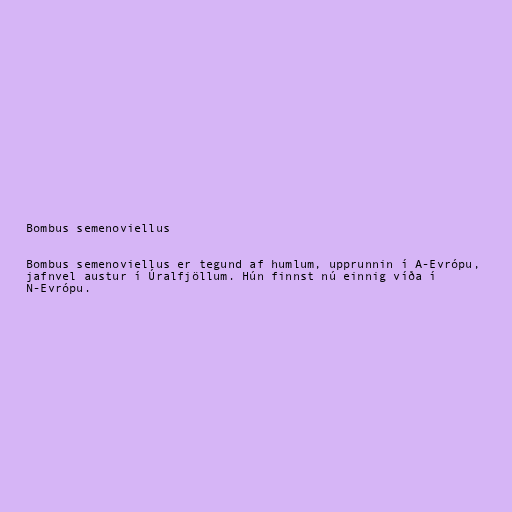
Bombus semenoviellus

Bombus semenoviellus er tegund af humlum, upprunnin í A-Evrópu,
jafnvel austur í Úralfjöllum. Hún finnst nú einnig víða í
N-Evrópu.